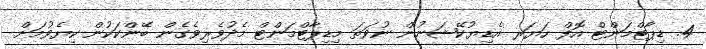
4. ޑިޕާޓްމަންޓް އޮފް ހަޔަރ އެޑިޔުކޭޝަނުން ނުވަތަ މިޑިޕާޓްމަންޓް މެދުވެރިވެގެން ބޭންކަކުން ކިޔެވުމަށް